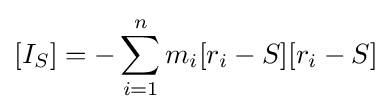
[I_{S}]=-\sum _{i=1}^{n}m_{i}[r_{i}-S][r_{i}-S]